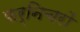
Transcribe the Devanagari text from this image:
फर्निचरों